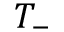
T _ { - }